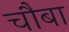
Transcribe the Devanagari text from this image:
चौबा